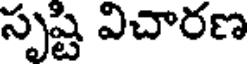
సృష్టి విచారణ